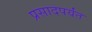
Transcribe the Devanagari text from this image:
प्रसादपर्यंत